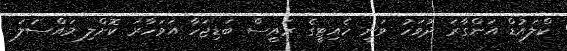
ކްލައުޑް އަންގާރަ ދުވަހު ވަނީ ހެއިޓީގެ ރައީސް ބަޑިޖަހާ އަވަހާރަ ކޮށްލި މައްސަލަ